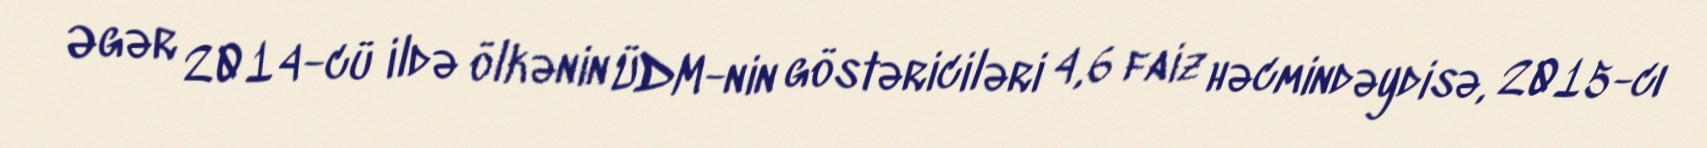
Əgər 2014-cü ildə ölkənin ÜDM-nin göstəriciləri 4,6 faiz həcmindəydisə, 2015-cı